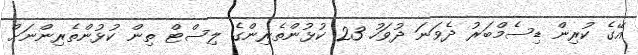
އޭގެ ކުރިން ޑިސެމްބަރު ދެވަނަ ދުވަހު 23 ކުޅުންތެރިންގެ ލިސްޓް ތިން ކުޅުންތެރިންނަށް